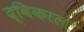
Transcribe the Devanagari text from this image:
द्विकालं